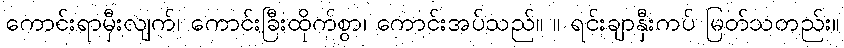
ကောင်းရာမှီးလျက်၊ ကောင်းခြီးထိုက်စွာ၊ ကောင်းအပ်သည်။ ။ ရင်းချာနှီးကပ် မြတ်သတည်း။